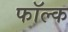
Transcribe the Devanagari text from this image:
फॉल्क